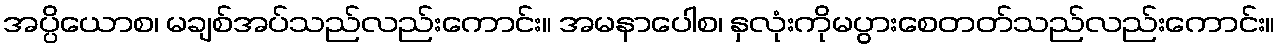
အပ္ပိယောစ၊ မချစ်အပ်သည်လည်းကောင်း။ အမနာပေါစ၊ နှလုံးကိုမပွားစေတတ်သည်လည်းကောင်း။